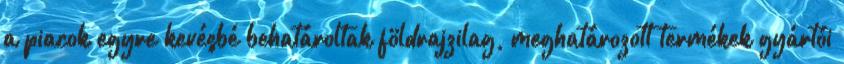
a piacok egyre kevésbé behatároltak földrajzilag, meghatározott termékek gyártói